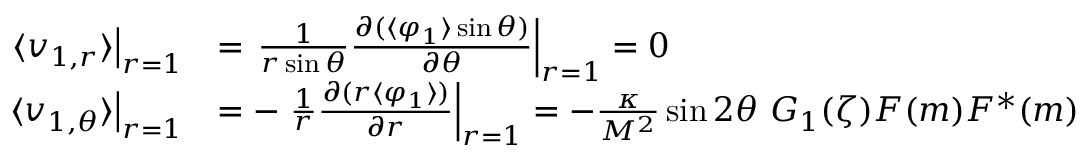
\begin{array} { r l } { \left. \langle v _ { 1 , r } \rangle \right| _ { r = 1 } } & { = \left. \frac { 1 } { r \sin \theta } \frac { \partial ( \langle \varphi _ { 1 } \rangle \sin \theta ) } { \partial \theta } \right| _ { r = 1 } = 0 ~ } \\ { \left. \langle v _ { 1 , \theta } \rangle \right| _ { r = 1 } } & { = - \left. \frac { 1 } { r } \frac { \partial ( r \langle \varphi _ { 1 } \rangle ) } { \partial r } \right| _ { r = 1 } = - \frac { \kappa } { M ^ { 2 } } \sin 2 \theta ~ G _ { 1 } ( \zeta ) F ( m ) F ^ { * } ( m ) } \end{array}